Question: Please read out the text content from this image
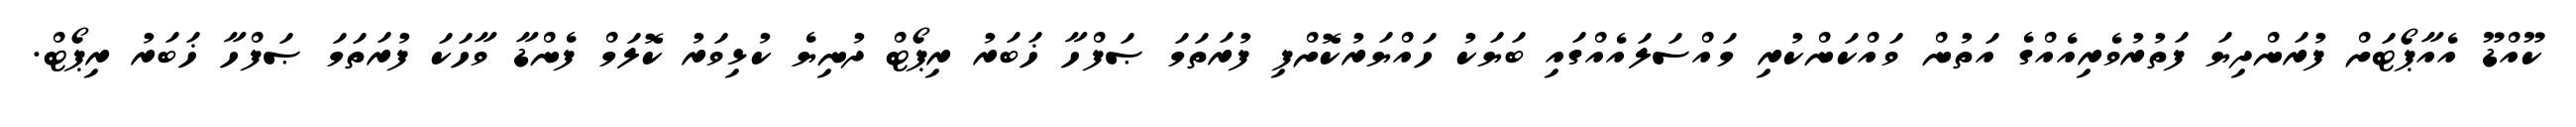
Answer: ކޫއްޑޫ އެއާޕޯޓަށް ފުރަންދިޔަ ފަތުރުވެރިއެއްގެ އަތުން ވައްކަންކުރި މައްސަލައެއްގައި ބަޔަކު ހައްޔަރުކޮށްފި ފުރަތަމަ ޞަފްހާ ޚަބަރު ރިޕޯޓް ދުނިޔެ ކުޅިވަރު ކޮލަމް ފެންޑާ ވާހަކަ ފުރަތަމަ ޞަފްހާ ޚަބަރު ރިޕޯޓް.